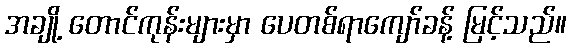
အချို့ တောင်ကုန်းများမှာ ပေတစ်ရာကျော်ခန့် မြင့်သည်။